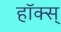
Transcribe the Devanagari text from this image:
हॉक्स्